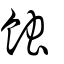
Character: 蝕